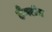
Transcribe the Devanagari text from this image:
हैक्सेन